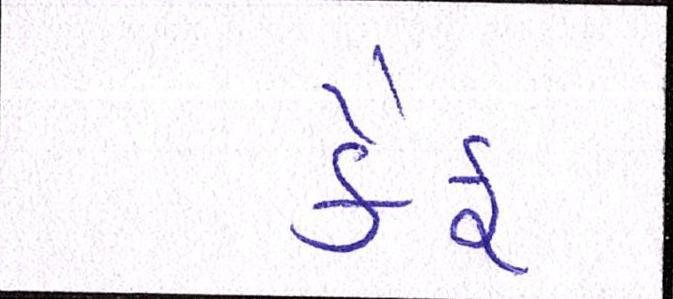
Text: કૈફ